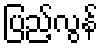
ပြည့်လွန်